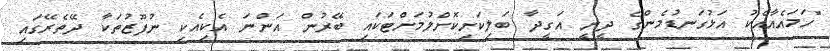
"ހަމައެއާއެކު އަޅުގަނޑުމެންގެ ދީނީ އަގީދާ ބަލިކަށިކޮށްލުމަށްޓަކައި ބޭރުން އަންނަ އެކިއެކި ނުފޫޒުތަކާ ދޭތެރޭގައި